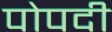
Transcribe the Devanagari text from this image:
पोपदी